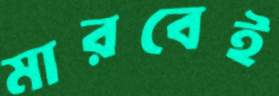
মারবেই